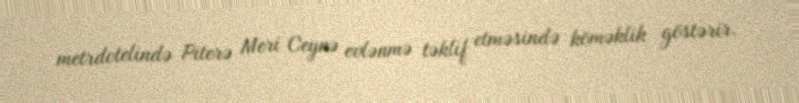
metrdotelində Piterə Meri Ceynə evlənmə təklif etməsində köməklik göstərir.